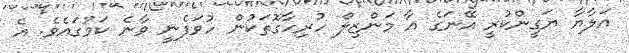
އަލާޔާ ޔަގީންކުރީ އޭނަގެ އާ މަންޒިލް ހުރިހާގޮތަކުން ހުވަފެނީ ވާނެ ކަމުގައެވެ. އެ